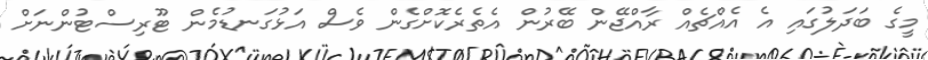
މީގެ ބަދަލުގައި އެ އެއްޗެއް ރާއްޖޭން ބޭރުން އެތެރެކޮށްގެން ވެސް އަޅުގަނޑުމެން ޓޫރިސްޓުންނަށް